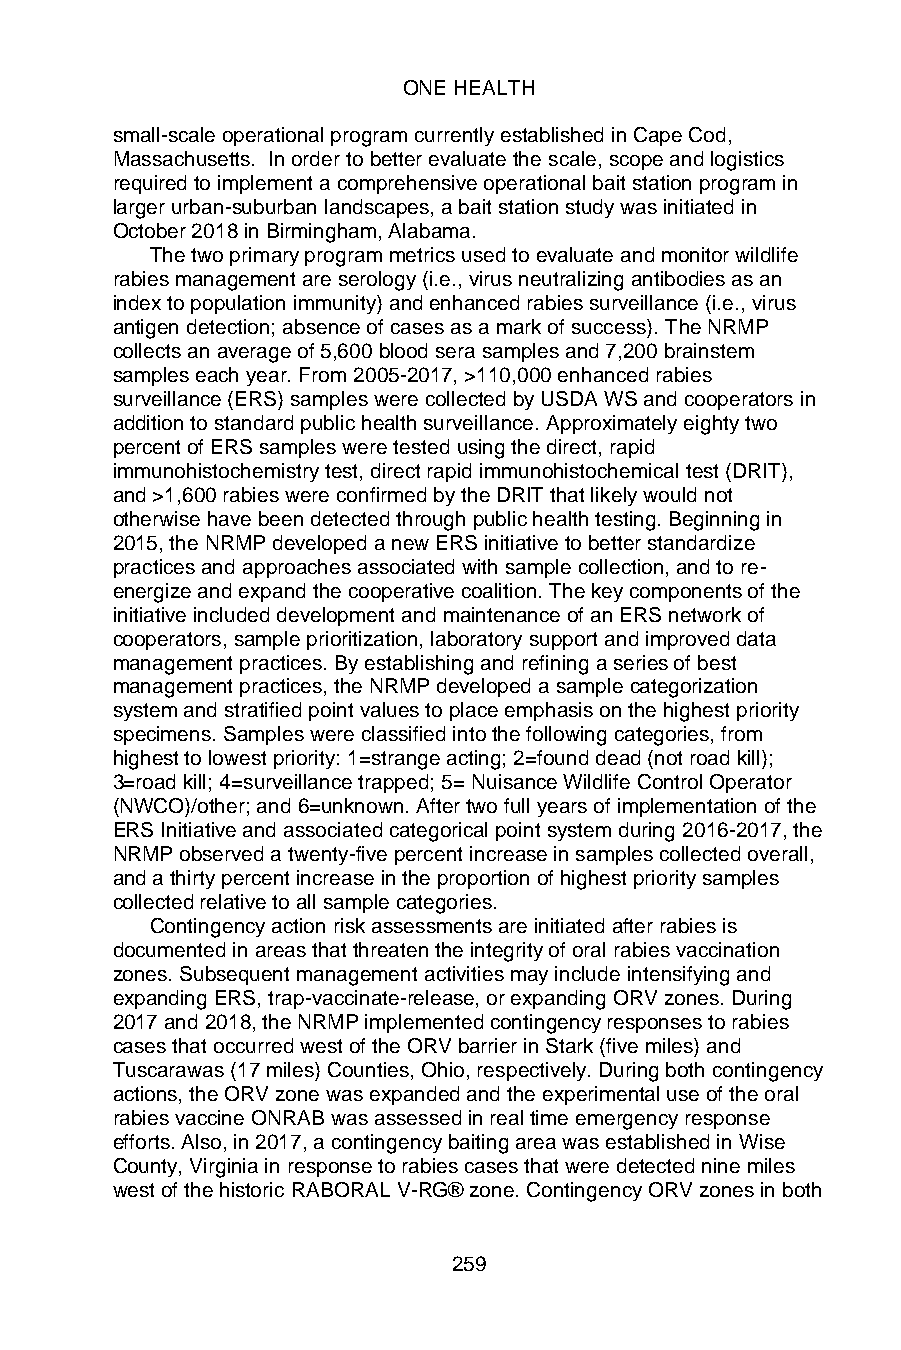
ONE HEALTH
 small-scale operational program currently established in Cape Cod,
 Massachusetts. In order to better evaluate the scale, scope and logistics
 required to implement a comprehensive operational bait station program in
 larger urban-suburban landscapes, a bait station study was initiated in
 October 2018 in Birmingham, Alabama.
 The two primary program metrics used to evaluate and monitor wildlife
 rabies management are serology (i.e., virus neutralizing antibodies as an
 index to population immunity) and enhanced rabies surveillance (i.e., virus
 antigen detection; absence of cases as a mark of success). The NRMP
 collects an average of 5,600 blood sera samples and 7,200 brainstem
 samples each year. From 2005-2017, >110,000 enhanced rabies
 surveillance (ERS) samples were collected by USDA WS and cooperators in
 addition to standard public health surveillance. Approximately eighty two
 percent of ERS samples were tested using the direct, rapid
 immunohistochemistry test, direct rapid immunohistochemical test (DRIT),
 and >1,600 rabies were confirmed by the DRIT that likely would not
 otherwise have been detected through public health testing. Beginning in
 2015, the NRMP developed a new ERS initiative to better standardize
 practices and approaches associated with sample collection, and to re-
 energize and expand the cooperative coalition. The key components of the
 initiative included development and maintenance of an ERS network of
 cooperators, sample prioritization, laboratory support and improved data
 management practices. By establishing and refining a series of best
 management practices, the NRMP developed a sample categorization
 system and stratified point values to place emphasis on the highest priority
 specimens. Samples were classified into the following categories, from
 highest to lowest priority: 1=strange acting; 2=found dead (not road kill);
 3=road kill; 4=surveillance trapped; 5= Nuisance Wildlife Control Operator
 (NWCO)/other; and 6=unknown. After two full years of implementation of the
 ERS Initiative and associated categorical point system during 2016-2017, the
 NRMP observed a twenty-five percent increase in samples collected overall,
 and a thirty percent increase in the proportion of highest priority samples
 collected relative to all sample categories.
 Contingency action risk assessments are initiated after rabies is
 documented in areas that threaten the integrity of oral rabies vaccination
 zones. Subsequent management activities may include intensifying and
 expanding ERS, trap-vaccinate-release, or expanding ORV zones. During
 2017 and 2018, the NRMP implemented contingency responses to rabies
 cases that occurred west of the ORV barrier in Stark (five miles) and
 Tuscarawas (17 miles) Counties, Ohio, respectively. During both contingency
 actions, the ORV zone was expanded and the experimental use of the oral
 rabies vaccine ONRAB was assessed in real time emergency response
 efforts. Also, in 2017, a contingency baiting area was established in Wise
 County, Virginia in response to rabies cases that were detected nine miles
 west of the historic RABORAL V-RG® zone. Contingency ORV zones in both
 259